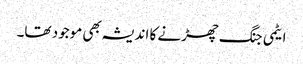
ایٹمی جنگ چھڑنے کا اندیشہ بھی موجود تھا۔